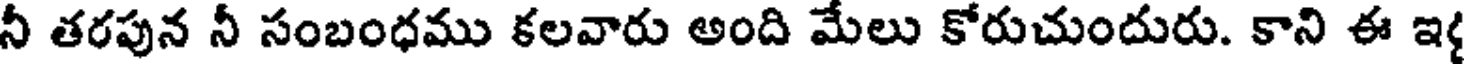
నీ తరపున నీ సంబంధము కలవారు అంది మేలు కోరుచుందురు. కాని ఈ ఇ